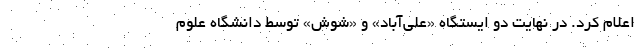
اعلام کرد. در نهایت دو ایستگاه «علی‌آباد» و «شوش» توسط دانشگاه علوم